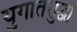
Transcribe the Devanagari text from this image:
युगातसुद्धा